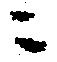
ニ